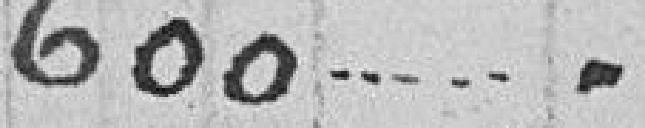
600